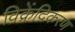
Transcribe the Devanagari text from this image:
विक्रेंदिकरण